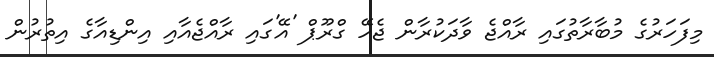
މިފަހަރުގެ މުބާރާތުގައި ރާއްޖެ ވާދަކުރާން ޖެހޭ ގްރޫޕް 'އޭ'ގައި ރާއްޖެއާއި އިންޑިއާގެ އިތުރުން